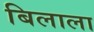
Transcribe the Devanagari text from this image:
बिलाला